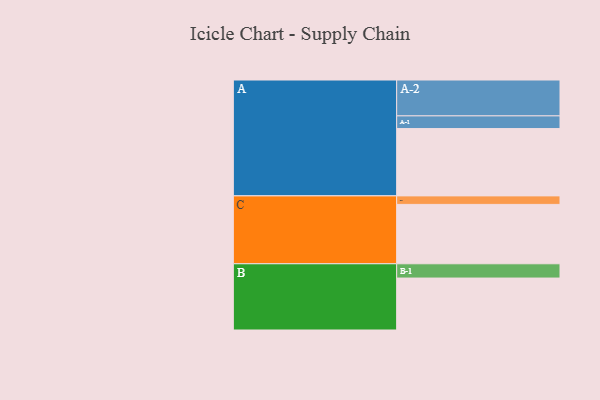
{"axis": {"x": "Segment", "y": "Value"}, "legend": ["", "A", "B", "C"], "data": [{"x": "A", "y": 561, "type": ""}, {"x": "B", "y": 433, "type": ""}, {"x": "C", "y": 495, "type": ""}, {"x": "A-1", "y": 106, "type": "A"}, {"x": "A-2", "y": 299, "type": "A"}, {"x": "B-1", "y": 119, "type": "B"}, {"x": "C-1", "y": 71, "type": "C"}]}